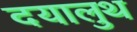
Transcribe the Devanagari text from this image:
दयालुथ